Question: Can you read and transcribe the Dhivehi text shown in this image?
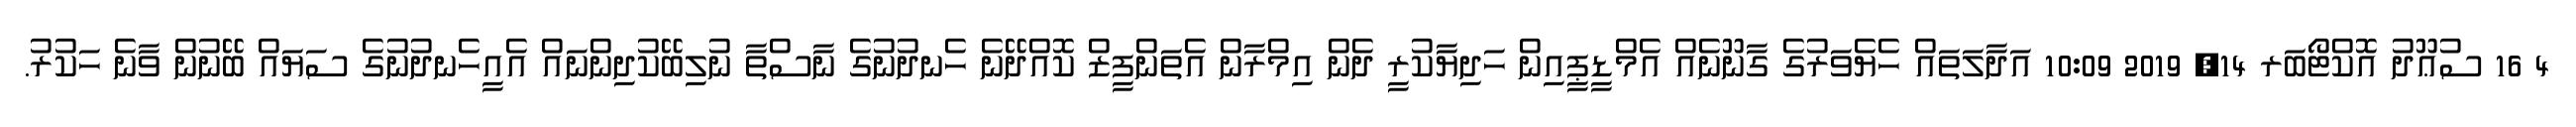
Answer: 4 16 ސުޢޫދު އޮކްޓޯބަރ 14, 2019 10:09 އަދާލަތައް ހެޔެވަރުގެ ގާނޫނެއް އެމްޑީޕީއިން ހަދިޔާކުރީ ދެން އިމްރާން އެތަންފީޒް ކޮއްދޭނެ ހެނދުނުގެ ނާސްތާ ނުލިބޭކުދިންނައް އެއީހެނދުނުގެ ސަޔައް ބޭނުން ވާނެ ހަކުރު.